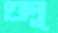
গুলু